Annual report on the working of the mental hospitals in the Madras Presidency - 1912-1932
Year: 1912
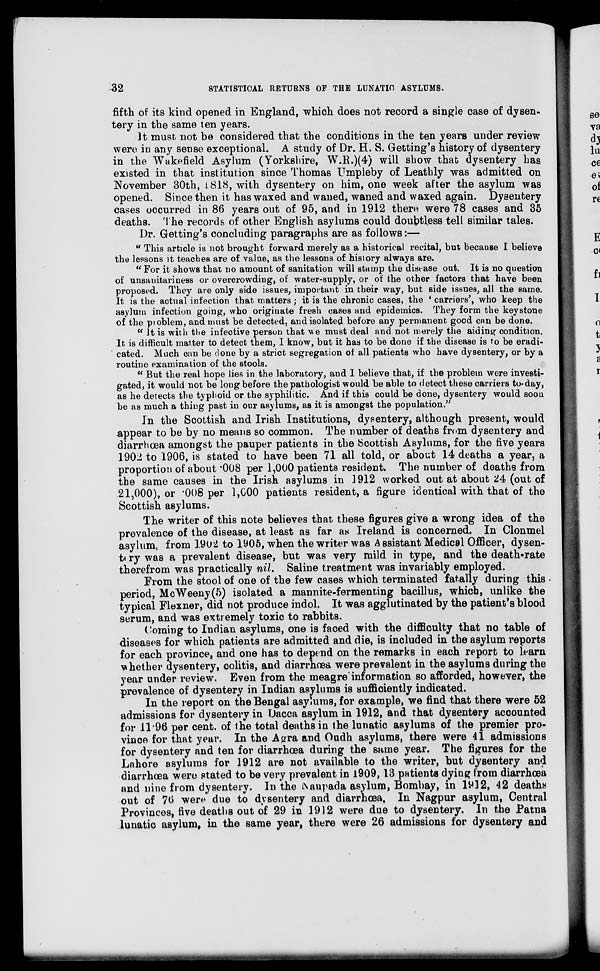
32
STATISTICAL RETURNS OF THE LUNATIC ASYLUMS.
fifth of its kind opened in England, which does not record a single case of dysen-
tery in the same ten years.
It must not be considered that the conditions in the ten years under review
were in any sense exceptional. A study of Dr. H. S. Getting's history of dysentery
in the Wakefield Asylum (Yorkshire, W.R.)(4) will show that dysentery has
existed in that institution since Thomas Umpleby of Leathly was admitted on
November 30th, 1818, with dysentery on him, one week after the asylum was
opened. Since then it has waxed and waned, waned and waxed again. Dysentery
cases occurred in 86 years out of 95, and in 1912 there were 78 cases and 35
deaths. The records of other English asylums could doubtless tell similar tales.
Dr. Getting's concluding paragraphs are as follows:—
" This article is not brought forward merely as a historical recital, but because I believe
the lessons it teaches are of value, as the lessons of history always are.
" For it shows that no amount of sanitation will stamp the disease out. It is no question
of unsanitariness or overcrowding, of water-supply, or of the other factors that have been
proposed. They are only side issues, important in their way, but side issues, all the same.
It is the actual infection that matters ; it is the chronic cases, the ' carriers', who keep the
asylum infection going, who originate fresh cases and epidemics. They form the keystone
of the problem, and must be detected, and isolated before any permanent good can be done.
" It is with the infective person that we must deal and not merely the aiding condition.
It is difficult matter to detect them, I know, but it has to be done if the disease is to be eradi-
cated. Much can be done by a strict segregation of all patients who have dysentery, or by a
routine examination of the stools.
" But the real hope lies in the laboratory, and I believe that, if the problem were investi-
gated, it would not be long before the pathologist would be able to detect these carriers to-day,
as he detects the typhoid or the syphilitic. And if this could be done, dysentery would soon
be as much a thing past in our asylums, as it is amongst the population."
In the Scottish and Irish Institutions, dysentery, although present, would
appear to be by no means so common. The number of deaths from dysentery and
diarrhœa amongst the pauper patients in the Scottish Asylums, for the five years
1902 to 1906, is stated to have been 71 all told, or about 14 deaths a year, a
proportion of about .008 per 1,000 patients resident. The number of deaths from
the same causes in the Irish asylums in 1912 worked out at about 24 (out of
21,000), or .008 per 1,000 patients resident, a figure identical with that of the
Scottish asylums.
The writer of this note believes that these figures give a wrong idea of the
prevalence of the disease, at least as far as Ireland is concerned. In Clonmel
asylum, from 1902 to 1905, when the writer was Assistant Medical Officer, dysen-
tery was a prevalent disease, but was very mild in type, and the death-rate
therefrom was practically nil. Saline treatment was invariably employed.
From the stool of one of the few cases which terminated fatally during this
period, McWeeny(5) isolated a mannite-fermenting bacillus, which, unlike the
typical Flexner, did not produce indol. It was agglutinated by the patient's blood
serum, and was extremely toxic to rabbits.
Coming to Indian asylums, one is faced with the difficulty that no table of
diseases for which patients are admitted and die, is included in the asylum reports
for each province, and one has to depend on the remarks in each report to learn
whether dysentery, colitis, and diarrhœa were prevalent in the asylums during the
year under review. Even from the meagre information so afforded, however, the
prevalence of dysentery in Indian asylums is sufficiently indicated.
In the report on the Bengal asylums, for example, we find that there were 52
admissions for dysentery in Dacca asylum in 1912, and that dysentery accounted
for 11.96 per cent. of the total deaths in the lunatic asylums of the premier pro-
vince for that year. In the Agra and Oudh asylums, there were 41 admissions
for dysentery and ten for diarrhoea during the same year. The figures for the
Lahore asylums for 1912 are not available to the writer, but dysentery and
diarrhœa were stated to be very prevalent in 1909,13 patients dying from diarrhœa
and nine from dysentery. In the Naupada asylum, Bombay, in 1912, 42 deaths
out of 76 were due to dysentery and diarrhœa. In Nagpur asylum, Central
Provinces, five deaths out of 29 in 1912 were due to dysentery. In the Patna
lunatic asylum, in the same year, there were 26 admissions for dysentery and